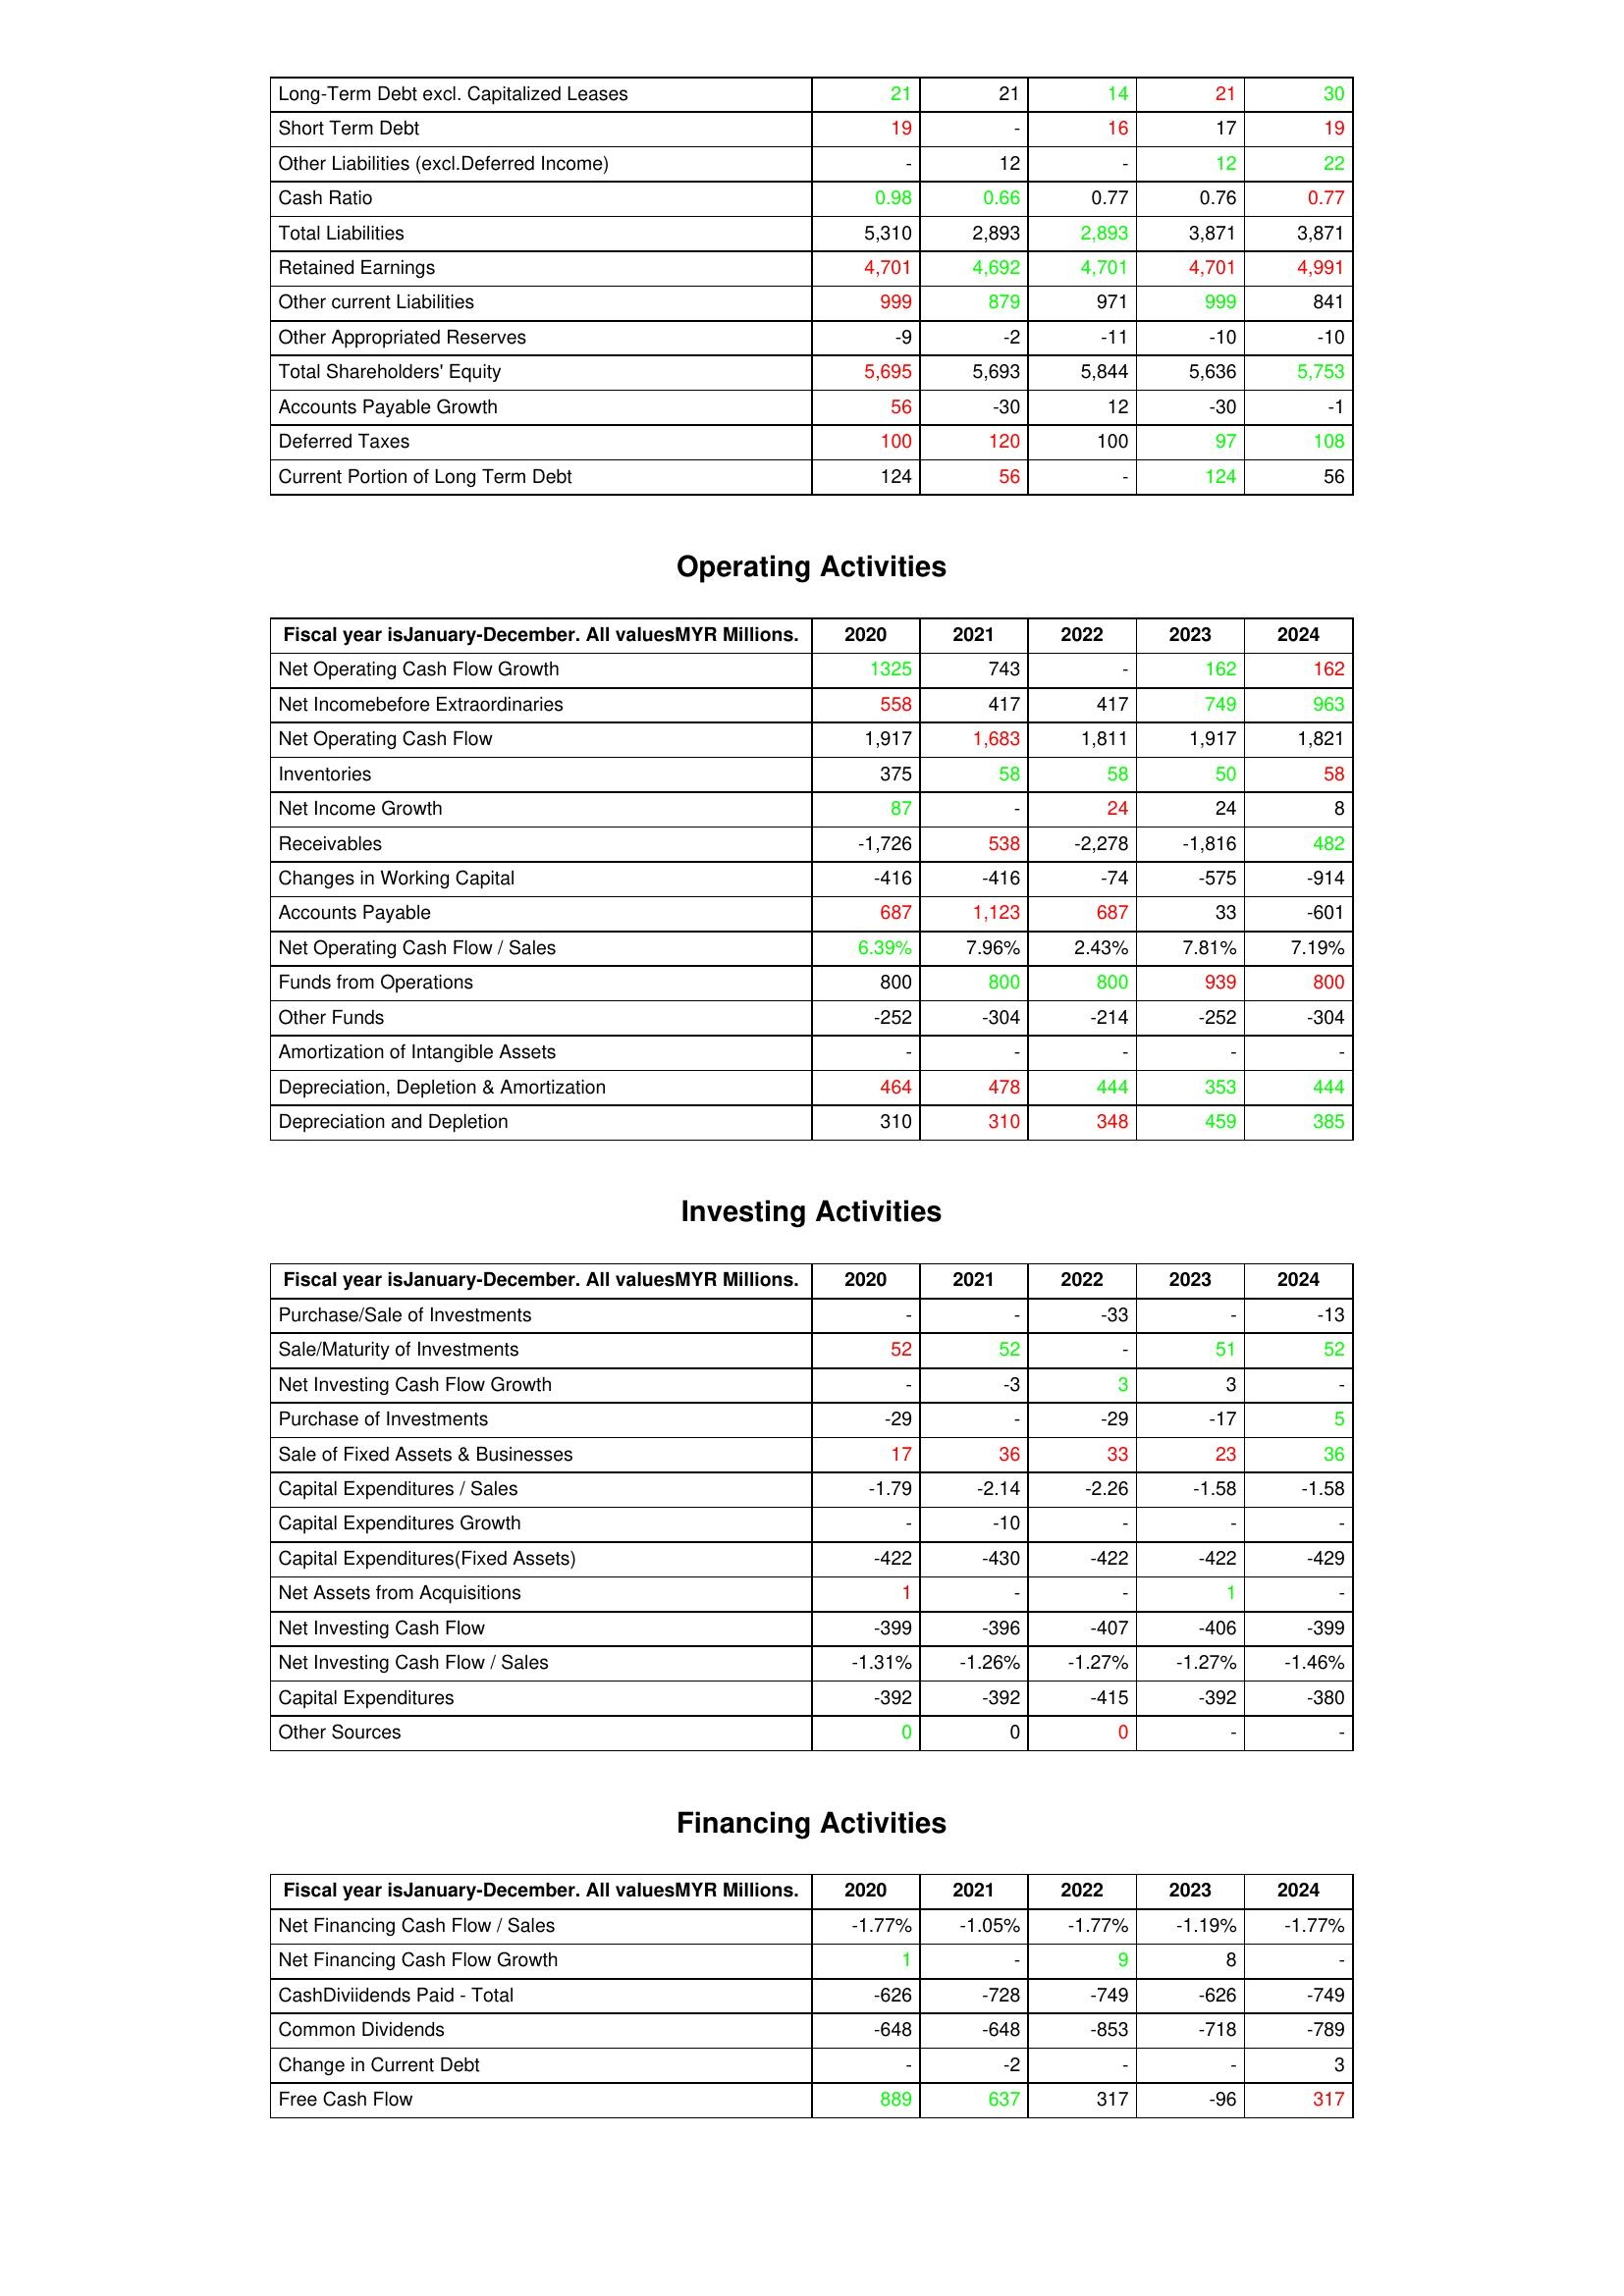
gt_parse: 2020: Liabilities & Shareholder's Equity: Long-Term Debt excl. Capitalized Leases: 21
Short Term Debt: 19
Other Liabilities (excl.Deferred Income): -
Cash Ratio: 0.98
Total Liabilities: 5,310
Retained Earnings: 4,701
Other current Liabilities: 999
Other Appropriated Reserves: -9
Total Shareholders' Equity: 5,695
Accounts Payable Growth: 56
Deferred Taxes: 100
Current Portion of Long Term Debt: 124
Operating Activities: Net Operating Cash Flow Growth: 1325
Net Incomebefore Extraordinaries: 558
Net Operating Cash Flow: 1,917
Inventories: 375
Net Income Growth: 87
Receivables: -1,726
Changes in Working Capital: -416
Accounts Payable: 687
Net Operating Cash Flow / Sales: 6.39%
Funds from Operations: 800
Other Funds: -252
Amortization of Intangible Assets: -
Depreciation, Depletion & Amortization: 464
Depreciation and Depletion: 310
Investing Activities: Purchase/Sale of Investments: -
Sale/Maturity of Investments: 52
Net Investing Cash Flow Growth: -
Purchase of Investments: -29
Sale of Fixed Assets & Businesses: 17
Capital Expenditures / Sales: -1.79
Capital Expenditures Growth: -
Capital Expenditures(Fixed Assets): -422
Net Assets from Acquisitions: 1
Net Investing Cash Flow: -399
Net Investing Cash Flow / Sales: -1.31%
Capital Expenditures: -392
Other Sources: 0
Financing Activities: Net Financing Cash Flow / Sales: -1.77%
Net Financing Cash Flow Growth: 1
CashDiviidends Paid - Total: -626
Common Dividends: -648
Change in Current Debt: -
Free Cash Flow: 889
2021: Liabilities & Shareholder's Equity: Long-Term Debt excl. Capitalized Leases: 21
Short Term Debt: -
Other Liabilities (excl.Deferred Income): 12
Cash Ratio: 0.66
Total Liabilities: 2,893
Retained Earnings: 4,692
Other current Liabilities: 879
Other Appropriated Reserves: -2
Total Shareholders' Equity: 5,693
Accounts Payable Growth: -30
Deferred Taxes: 120
Current Portion of Long Term Debt: 56
Operating Activities: Net Operating Cash Flow Growth: 743
Net Incomebefore Extraordinaries: 417
Net Operating Cash Flow: 1,683
Inventories: 58
Net Income Growth: -
Receivables: 538
Changes in Working Capital: -416
Accounts Payable: 1,123
Net Operating Cash Flow / Sales: 7.96%
Funds from Operations: 800
Other Funds: -304
Amortization of Intangible Assets: -
Depreciation, Depletion & Amortization: 478
Depreciation and Depletion: 310
Investing Activities: Purchase/Sale of Investments: -
Sale/Maturity of Investments: 52
Net Investing Cash Flow Growth: -3
Purchase of Investments: -
Sale of Fixed Assets & Businesses: 36
Capital Expenditures / Sales: -2.14
Capital Expenditures Growth: -10
Capital Expenditures(Fixed Assets): -430
Net Assets from Acquisitions: -
Net Investing Cash Flow: -396
Net Investing Cash Flow / Sales: -1.26%
Capital Expenditures: -392
Other Sources: 0
Financing Activities: Net Financing Cash Flow / Sales: -1.05%
Net Financing Cash Flow Growth: -
CashDiviidends Paid - Total: -728
Common Dividends: -648
Change in Current Debt: -2
Free Cash Flow: 637
2022: Liabilities & Shareholder's Equity: Long-Term Debt excl. Capitalized Leases: 14
Short Term Debt: 16
Other Liabilities (excl.Deferred Income): -
Cash Ratio: 0.77
Total Liabilities: 2,893
Retained Earnings: 4,701
Other current Liabilities: 971
Other Appropriated Reserves: -11
Total Shareholders' Equity: 5,844
Accounts Payable Growth: 12
Deferred Taxes: 100
Current Portion of Long Term Debt: -
Operating Activities: Net Operating Cash Flow Growth: -
Net Incomebefore Extraordinaries: 417
Net Operating Cash Flow: 1,811
Inventories: 58
Net Income Growth: 24
Receivables: -2,278
Changes in Working Capital: -74
Accounts Payable: 687
Net Operating Cash Flow / Sales: 2.43%
Funds from Operations: 800
Other Funds: -214
Amortization of Intangible Assets: -
Depreciation, Depletion & Amortization: 444
Depreciation and Depletion: 348
Investing Activities: Purchase/Sale of Investments: -33
Sale/Maturity of Investments: -
Net Investing Cash Flow Growth: 3
Purchase of Investments: -29
Sale of Fixed Assets & Businesses: 33
Capital Expenditures / Sales: -2.26
Capital Expenditures Growth: -
Capital Expenditures(Fixed Assets): -422
Net Assets from Acquisitions: -
Net Investing Cash Flow: -407
Net Investing Cash Flow / Sales: -1.27%
Capital Expenditures: -415
Other Sources: 0
Financing Activities: Net Financing Cash Flow / Sales: -1.77%
Net Financing Cash Flow Growth: 9
CashDiviidends Paid - Total: -749
Common Dividends: -853
Change in Current Debt: -
Free Cash Flow: 317
2023: Liabilities & Shareholder's Equity: Long-Term Debt excl. Capitalized Leases: 21
Short Term Debt: 17
Other Liabilities (excl.Deferred Income): 12
Cash Ratio: 0.76
Total Liabilities: 3,871
Retained Earnings: 4,701
Other current Liabilities: 999
Other Appropriated Reserves: -10
Total Shareholders' Equity: 5,636
Accounts Payable Growth: -30
Deferred Taxes: 97
Current Portion of Long Term Debt: 124
Operating Activities: Net Operating Cash Flow Growth: 162
Net Incomebefore Extraordinaries: 749
Net Operating Cash Flow: 1,917
Inventories: 50
Net Income Growth: 24
Receivables: -1,816
Changes in Working Capital: -575
Accounts Payable: 33
Net Operating Cash Flow / Sales: 7.81%
Funds from Operations: 939
Other Funds: -252
Amortization of Intangible Assets: -
Depreciation, Depletion & Amortization: 353
Depreciation and Depletion: 459
Investing Activities: Purchase/Sale of Investments: -
Sale/Maturity of Investments: 51
Net Investing Cash Flow Growth: 3
Purchase of Investments: -17
Sale of Fixed Assets & Businesses: 23
Capital Expenditures / Sales: -1.58
Capital Expenditures Growth: -
Capital Expenditures(Fixed Assets): -422
Net Assets from Acquisitions: 1
Net Investing Cash Flow: -406
Net Investing Cash Flow / Sales: -1.27%
Capital Expenditures: -392
Other Sources: -
Financing Activities: Net Financing Cash Flow / Sales: -1.19%
Net Financing Cash Flow Growth: 8
CashDiviidends Paid - Total: -626
Common Dividends: -718
Change in Current Debt: -
Free Cash Flow: -96
2024: Liabilities & Shareholder's Equity: Long-Term Debt excl. Capitalized Leases: 30
Short Term Debt: 19
Other Liabilities (excl.Deferred Income): 22
Cash Ratio: 0.77
Total Liabilities: 3,871
Retained Earnings: 4,991
Other current Liabilities: 841
Other Appropriated Reserves: -10
Total Shareholders' Equity: 5,753
Accounts Payable Growth: -1
Deferred Taxes: 108
Current Portion of Long Term Debt: 56
Operating Activities: Net Operating Cash Flow Growth: 162
Net Incomebefore Extraordinaries: 963
Net Operating Cash Flow: 1,821
Inventories: 58
Net Income Growth: 8
Receivables: 482
Changes in Working Capital: -914
Accounts Payable: -601
Net Operating Cash Flow / Sales: 7.19%
Funds from Operations: 800
Other Funds: -304
Amortization of Intangible Assets: -
Depreciation, Depletion & Amortization: 444
Depreciation and Depletion: 385
Investing Activities: Purchase/Sale of Investments: -13
Sale/Maturity of Investments: 52
Net Investing Cash Flow Growth: -
Purchase of Investments: 5
Sale of Fixed Assets & Businesses: 36
Capital Expenditures / Sales: -1.58
Capital Expenditures Growth: -
Capital Expenditures(Fixed Assets): -429
Net Assets from Acquisitions: -
Net Investing Cash Flow: -399
Net Investing Cash Flow / Sales: -1.46%
Capital Expenditures: -380
Other Sources: -
Financing Activities: Net Financing Cash Flow / Sales: -1.77%
Net Financing Cash Flow Growth: -
CashDiviidends Paid - Total: -749
Common Dividends: -789
Change in Current Debt: 3
Free Cash Flow: 317